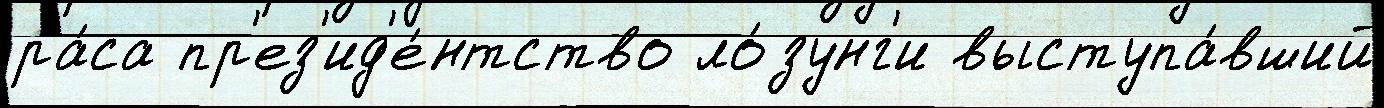
ра́са пр'ез'ид'е́нтство ло́зунг'и выступа́вший